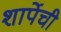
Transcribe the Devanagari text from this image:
शार्पेची